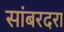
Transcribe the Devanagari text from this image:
सांबरदरा